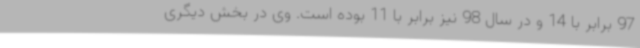
97 برابر با 14 و در سال 98 نیز برابر با 11 بوده است. وی در بخش دیگری